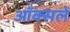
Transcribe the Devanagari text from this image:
ऑक्सले